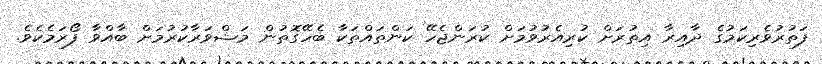
ފަތުރުވެރިކަމުގެ ދާއިރާ އިތުރަށް ކުރިއެރުވުމަށް ކުރަންޖެހޭ ކަންތައްތަކާ ބެހޭގޮތުން މަޝްވަރާކުރުމަށް ބާއްވާ ފޯރަމެކެވެ.